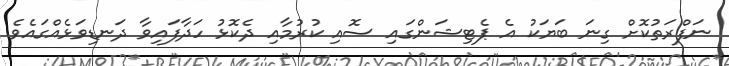
ނަފްރަތުކޮށް ގިނަ ބަޔަކު އެ ޕެޓިޝަންގައި ސޮއި ކުރުމާއި ދެކޮޅު ހަދާފައިވާ ދަނޑިވަޅެއްގައެވެ.